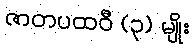
ဇာတပထဝီ (၃) မျိုး